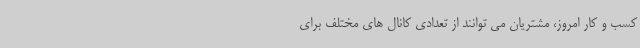
کسب و کار امروز، مشتریان می توانند از تعدادی کانال های مختلف برای